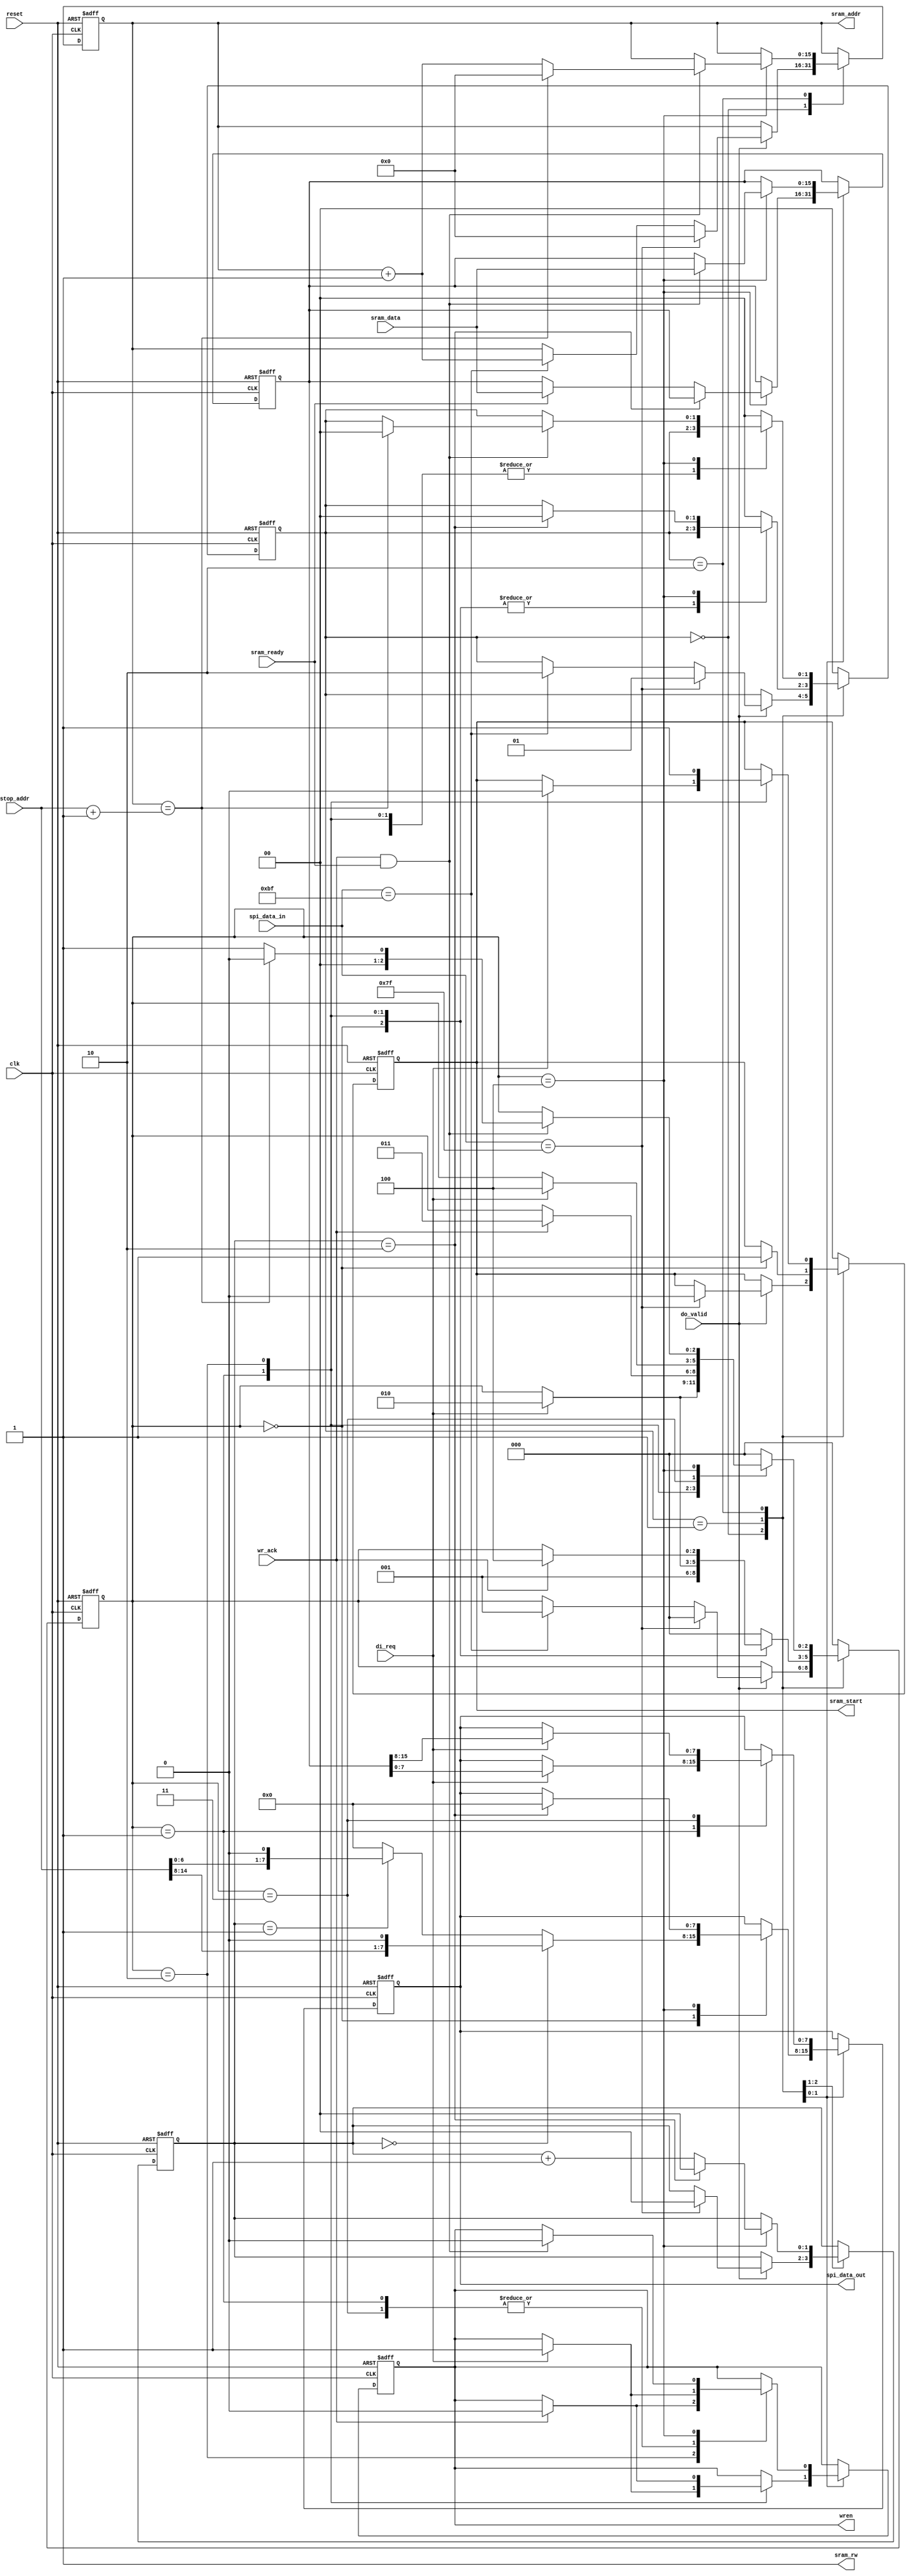
//new SPI controller that isn't such garbage

module spi_controller
(
	input wire clk,
	input wire reset,
	
		
	//SRAM
	input wire sram_ready, //Ready signal from pixel reader_ready
	input wire [15:0] stop_addr,//Last address from pixel writer
	output reg [15:0] sram_addr,
	input wire [15:0] sram_data,//Data from reader is valid
	output reg sram_start,
	output sram_rw,
	
	//SPI inputs
	input wire do_valid,//1 if incomming spi data
	input wire di_req,
	input wire wr_ack,
	input wire [7:0] spi_data_in,
	
	//Outputs
	output reg [7:0] spi_data_out,//To SPI controller
	output reg wren//to spi controller
	
);
reg [15:0] next_pixel;
reg [15:0] next_pixel_next;
//Input latching
//reg sram_ready,
//reg [15:0] stop_addr,
//reg [15:0] sram_data,


//State machine calculations

reg [1:0] global_state_next;
reg [2:0] state_next;
reg [1:0] size_count_next;
reg [15:0] sram_addr_next;
reg sram_start_next;
reg [7:0] spi_data_out_next;
reg wren_next;


reg [1:0] global_state;
reg [2:0] state;
reg [1:0] size_count;

initial begin
	reset_regs();
end

//Global state defs
localparam [1:0] global_idle = 2'b00,//wait for command
				 send_size   = 2'b01,//Send the lenght
				 send_data   = 2'b10;//Send the frame
		    
//Local state defs
localparam [2:0] get_word   = 3'b000,//Get the word from the sram
				 send_first_byte = 3'b001,//Send 0th byte
				 wren_ack  = 3'b010,//Wait for the SPI controller to ack the write
				 send_second_byte = 3'b011,//send 1st byte
				 cleanup    = 3'b100;//Increment counters and get next word


//State Machine Combinational Logic
always @ * begin

	//Default values
	
	global_state_next <= global_state;
	state_next <= state;
	size_count_next <= size_count;
	sram_addr_next <= sram_addr;
	sram_start_next <= sram_start;
	spi_data_out_next <= spi_data_out;
	wren_next <= wren;
	next_pixel_next <= next_pixel;
	
	//State machine
	case(global_state)

		//Idle state
		global_idle: begin
			if(do_valid == 1'b1) begin//If we have a valid byte
					if(spi_data_in == 8'h7F) begin//If we're supposed to send the image size
						state_next <= get_word;
						global_state_next <= send_size;
						size_count_next <= 2'b0;
						
						//Set up the SRAM to record the first two pixels
						sram_addr_next <= 16'b0;
						sram_start_next <= 1'b0;
						
					end
					else if(spi_data_in == 8'hBF) begin//If we're supposed to send the image
						state_next <= send_first_byte;
						global_state_next <= send_data;
						//Increment addr as we're about to start the next read
						sram_addr_next <= sram_addr + 1'b1;

					end
			end
		end

		send_size: begin

			case(state)//Local state machine for sending length
			
				get_word: begin
					//Figuring out which byte of size needs to be sent
					sram_start_next <= 1'b1;//Reset the sram start line
						if(size_count == 2'b00) begin
							spi_data_out_next <= (stop_addr[15:8] << 1);
						end
						else if(size_count == 2'b01) begin
							spi_data_out_next <= (stop_addr[7:0] << 1);
						end
						else begin
							spi_data_out_next <= 8'b0;
						end
					
						state_next <= send_first_byte;
						
					
				end
				
				send_first_byte: begin
					if(di_req == 1'b1)begin
					//enable write
					wren_next <= 1'b1;
					//Wait for the acknowledgement
					state_next <= wren_ack;
					end
					
				end
				
				wren_ack: begin
				
					if(wr_ack == 1'b1) begin//SPI interface has begun transmission
						wren_next <= 1'b0; //reset the start line
						state_next <= cleanup;
					end
				
				end
				
				cleanup: begin
					
					//Don't actually need to wait for anything here, we only change external signals when di_req goes high
					if(size_count == 2'b10) begin //If we're done transmitting the image size
						size_count_next <= 2'b0;
						global_state_next <= global_idle;
						state_next <= get_word;
						spi_data_out_next <= 8'b0;
					end
					else begin
					//If the SRAM has our byte
						if(sram_ready == 1'b1) begin
							next_pixel_next <= sram_data;
						end
						size_count_next <= size_count + 1'b1;
						state_next <= get_word;
					end
				
				end//cleanup case
				
				
				default: begin
					global_state_next <= global_idle;
					state_next <= get_word;
				end
				
			endcase //local size sending state machine
		end//sending size case

		
		
		send_data: begin
			case(state)
				
				send_first_byte: begin //Send the 0 byte over to the SPI controller
					
					
					if(di_req == 1'b1) begin //If data is valid and SPI needs a byte
							spi_data_out_next <= next_pixel[7:0];
							wren_next <= 1'b1;
							state_next <= wren_ack;
							//Request the next byte from SRAM while we're doing this
							sram_start_next <= 1'b0;
					end
				end
				
				wren_ack: begin //wait for write to be acknowledged
					sram_start_next <= 1'b1;
					if(wr_ack == 1'b1) begin
						wren_next <= 1'b0;
						state_next <= send_second_byte;
					end
				
				end
				
				send_second_byte: begin //Send the 1 byte over to the SPI controller
					if(di_req == 1'b1) begin //If data is valid and SPI needs a byte
						spi_data_out_next <= next_pixel[15:8];
						wren_next <= 1'b1;
						state_next <= cleanup;
					end
				end
				
				
				
				cleanup: begin
					//If we've acked
					if(wr_ack == 1'b1 && sram_ready == 1'b1) begin
						//Store the next pixel
						next_pixel_next <= sram_data;
						//reset wren
						wren_next <= 1'b0;
						//If the image is over
						if(sram_addr == stop_addr + 1) begin
							sram_addr_next <= 16'b0;
							state_next <= get_word;
							global_state_next <= global_idle;
						end
						else begin
							//Increment the address
							sram_addr_next <= sram_addr + 1'b1;
							//Send the next byte
							state_next <= send_first_byte;
						end
					end
				end
				
				default begin
					global_state_next <= global_idle;
					state_next <= get_word;
				end
			
			endcase
		
		end//send data
		
		default: begin
			global_state_next <= global_idle;
			state_next <= get_word;
		end
		
	endcase//global state machine
end
				 
always @ (posedge clk or negedge reset) begin
	if(reset == 1'b0) begin
		reset_regs();
	end
	else begin

		global_state <= global_state_next;
		state <= state_next;
		size_count <= size_count_next;
		sram_addr <= sram_addr_next;
		sram_start <= sram_start_next;
		spi_data_out <= spi_data_out_next;
		wren <= wren_next;
		next_pixel <= next_pixel_next;
	
	end//not reset


end//clock block

task reset_regs;
begin
	
	global_state <= global_idle;
	state <= get_word;
	size_count <= 2'b00;
	sram_addr <= 16'b0;
	sram_start <= 1'b1;
	spi_data_out <= 8'b0;
	wren <= 1'b0;
	next_pixel <= 16'b0;

end
endtask

assign sram_rw = 1'b1;//1 for a read

endmodule


///////////////////////////////////////////////////////////////////////////////////////////////////////////////////////////////////////////////////////////



//SPI controller

//module spi_controller_old
//(
//	input wire clk,
//	input wire reset,
//	input wire reader_ready, //Ready signal from pixel reader_ready
//	input wire reader_done,//Indicates when FFD9 has been sent, needs to be checked after sending
//	input wire [15:0] stop_addr,//Last address from pixel writer
//	input wire [8:0] reader_data,
//	input wire reader_RE, //Data from reader is valid
//	
//	//SPI inputs
//	input wire di_req,
//	input wire wr_ack,
//	
//	//Outputs
//	output reg reader_reset, //Asynchronously reset the reader to start over the frame read
//	output reg [7:0] data_out,//To SPI controller
//	output reg wren//to spi controller
//	
//);
//
//reg [1:0] global_state;
//reg [1:0] state;
//reg [1:0] size_count;
//
////Global state machine defs
//localparam [1:0] global_idle = 2'b00,//wait for command
//				 send_size = 2'b01,//Send the lenght
//				 send_data = 2'b10;//Send the frame
//		    
//			
//localparam [1:0] get_byte = 2'b00, //Get the byte from the pixel reader and then wait for ready
//				 end_byte = 2'b01,//Wait for the pixel reader to be ready with the data and then givr it to the spi controller
//				 wren_ack = 2'b10, //Wait for the SPI controller to ack the write
//				 cleanup = 2'b11;//Increment counters
//				 
//always @ (posedge clk or negedge reset) begin
//	if(reset == 1'b0) begin
//	
//	end
//	else begin
//
//		case(global_state)
//		
//		
//			send_size: begin
//		
//				case(state)//Local state machine for sending length
//				
//					get_byte: begin
//						//Figuring out which byte of size needs to be sent
//						if(di_req == 1'b1)begin
//						
//							//if(size_count == 2'b00) begin
//							//	data_out <= 8'b0;
//							//end
//							if(size_count == 2'b00) begin
//								data_out <= stop_addr[15:8];
//							end
//							else if(size_count == 2'b01) begin
//								data_out <= stop_addr[7:0];
//							end
//							else begin
//								data_out <= 8'b0;
//							end
//						
//							state <= send_byte;
//							
//						
//						end
//					end
//					
//					send_byte: begin
//						//enable write
//						wren <= 1'b1;
//						//Wait for the acknowledgement
//						state <= wren_ack;
//						
//					end
//					
//					wren_ack: begin
//					
//						if(wr_ack == 1'b1) begin//SPI interface has begun transmission
//							wren <= 1'b0; //reset the start line
//							state <= cleanup;
//						end
//					
//					end
//					
//					cleanup: begin
//						
//						//Doon't actually need to wait for anything here, we only change external signals when di_req goes high
//						if(size_count == 2'b10) begin //If we're done transmitting the image size
//							size_count <= 2'b0;
//							global_state <= global_idle;
//							state <= get_byte;
//							data_out <= 8'b0;
//						end
//						else begin
//							size_count <= size_count + 1'b1;
//							state <= get_byte;
//						end
//					
//					end//cleanup case
//				endcase //local size sending state machine
//			end//sending size case
//
//			
//			
//			send_data: begin
//			
//				get_byte: begin //Request a byte from the reader
//					
//					//Tell the pixel reader we need data
//					RE <= 1'b1;
//					//Wait for ready to go high and then send
//					state <= wait_reader;
//				
//				end	//Wait for byte
//				
//				send_byte: begin //Send the byte over to the SPI controller
//					RE <= 1'b0;
//					if(reader_ready == 1'b1 && di_req == 1'b1) begin //If data is valid and SPI needs a byte
//							data_out <= reader_data;
//							wren <= 1'b1;
//							state <= wait_wren;
//					end
//				end
//				
//				wren_ack: begin //wait for write to be acknowledged
//					if(wr_ack == 1'b1) begin
//						wren <= 1'b0;
//						state <= data_cleanup;
//					end
//				
//				end
//				
//				cleanup: begin
//					//Don't actually need to do anything here
//					state <= get_byte;
//				end
//				
//				
//			
//			end//send data
//			
//			default: begin
//				reset_regs();
//			end
//			
//		endcase//global state machine
//	
//	end
//
//
//end
//
//task reset_regs;
//begin
// 
//	global_state <= global_idle;
//    state <= get_word;
//	size_count <= 2'b0;
//	sram_addr <= 16'b0;
//	spi_data_out <= 16'b0;
//end
//endtask
//
//endmodule